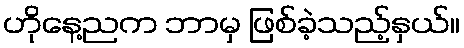
ဟိုနေ့ညက ဘာမှ ဖြစ်ခဲ့သည့်နှယ်။